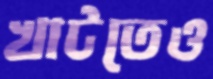
খাটতেও